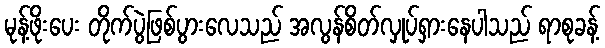
မုန့်ဖိုးပေး တိုက်ပွဲဖြစ်ပွားလေသည် အလွန်စိတ်လှုပ်ရှားနေပါသည် ရာစုခန့်